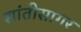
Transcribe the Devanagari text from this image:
शांतीसागर